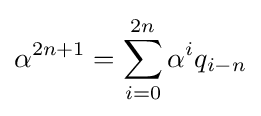
\alpha ^{2n+1}=\sum _{i=0}^{2n}\alpha ^{i}q_{i-n}